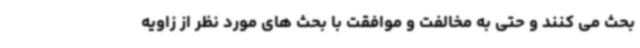
بحث می کنند و حتی به مخالفت و موافقت با بحث های مورد نظر از زاویه